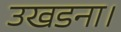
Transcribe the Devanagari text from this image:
उखडना।